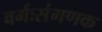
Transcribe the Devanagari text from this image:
वर्गःसंगणक